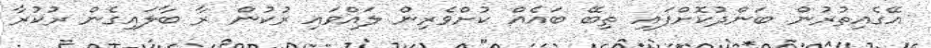
އޭގެއިތުރުން ބަންދުކޮށްފައި ތިބޭ ބައެއް ކުށްވެރިން ލައްވައި ރުކުން ރާ ބާލައިގެން ރުކުރާ